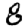
Digit: 8